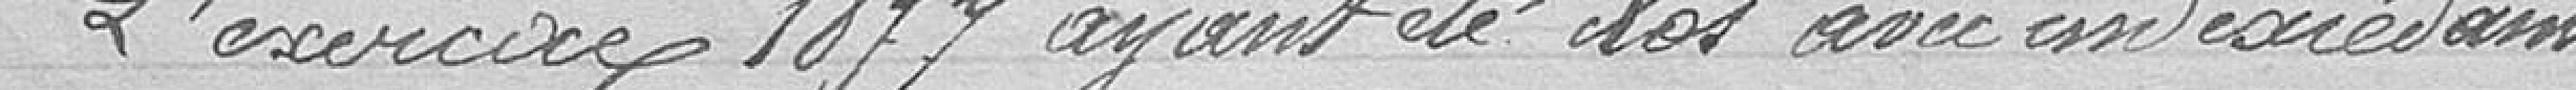
L'exercice 1877 ayant été clos avec un excédant